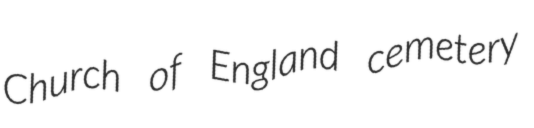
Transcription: Church of England cemetery